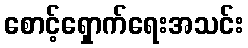
စောင့်ရှောက်ရေးအသင်း